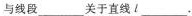
与线段___关于直线l___.